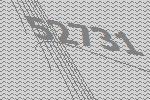
52731